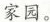
家园。